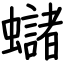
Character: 蠩